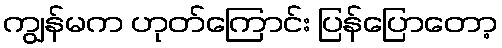
ကျွန်မက ဟုတ်ကြောင်း ပြန်ပြောတော့